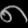
Digit: ၈